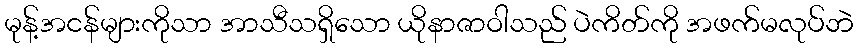
မုန့်အငန်များကိုသာ အာသီသရှိသော ယိုနာဇာဝါသည် ပဲကိတ်ကို အဖက်မလုပ်ဘဲ